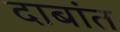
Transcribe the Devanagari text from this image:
दाबांत